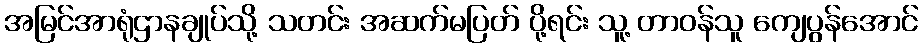
အမြင်အာရုံဌာနချုပ်သို့ သတင်း အဆက်မပြတ် ပို့ရင်း သူ့ တာဝန်သူ ကျေပွန်အောင်